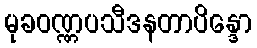
မုခဝဏ္ဏပသီဒနတာပိန္ဒော